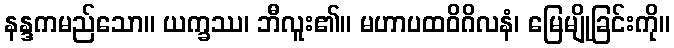
နန္ဒကမည်သော။ ယက္ခဿ၊ ဘီလူး၏။ မဟာပထဝိဂိလနံ၊ မြေမျိုခြင်းကို။